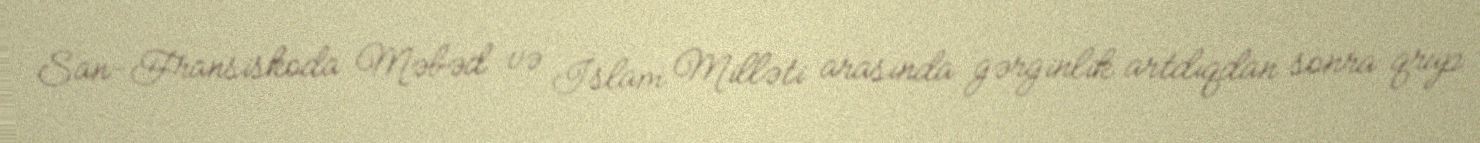
San-Fransiskoda Məbəd və İslam Milləti arasında gərginlik artdıqdan sonra qrup